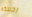
رحلتكم